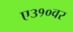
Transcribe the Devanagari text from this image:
ए३१०वर